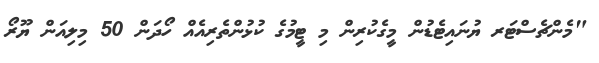
"މެންޗެސްޓަރ ޔުނައިޓެޑުން މީގެކުރިން މި ޓީމުގެ ކުޅުންތެރިއެއް ހޯދަން 50 މިލިއަން ޔޫރޯ